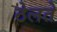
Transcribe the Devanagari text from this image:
ठेलते